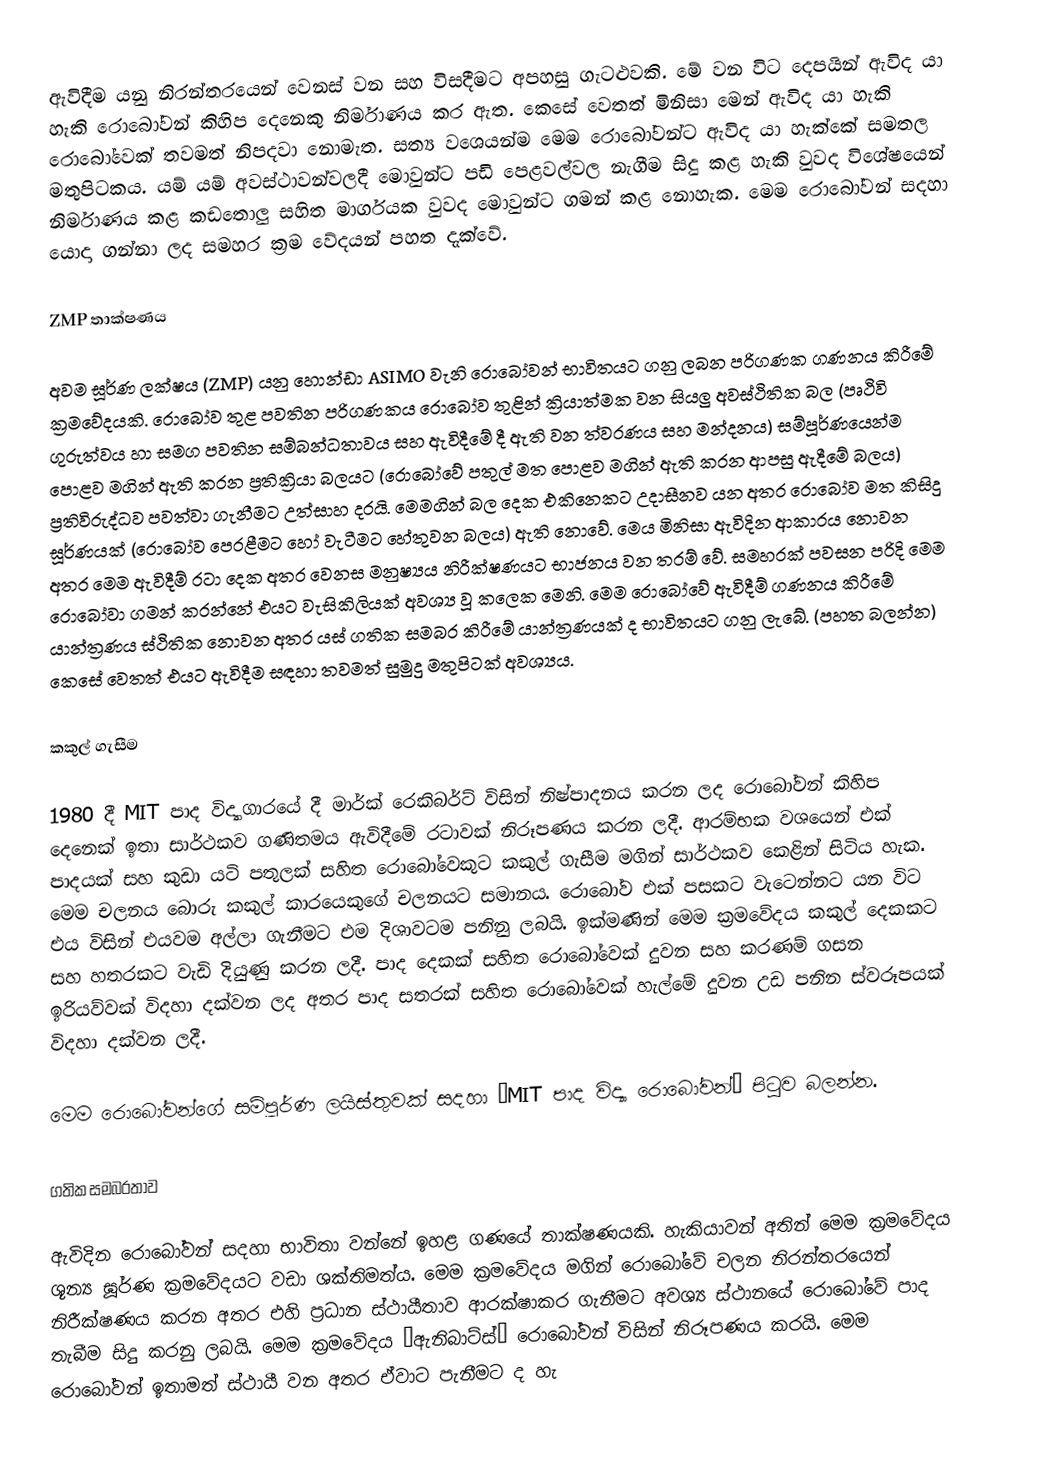
ඇවිදීම යනු නිරන්තරයෙන් වෙනස් වන සහ විසදීමට අපහසු ගැටළුවකි. මේ වන විට දෙපයින් ඇවිද යා හැකි රොබෝවන් කිහිප දෙනෙකු නිර්මාණය කර ඇත. කෙසේ වෙතත් මිනිසා මෙන් ඇවිද යා හැකි රොබෝවෙක් තවමත් නිපදවා නොමැත. සත්‍ය වශ‍ෙයන්ම මෙම රොබෝවන්ට ඇවිද යා හැක්කේ සමතල මතුපිටකය. යම් යම් අවස්ථාවන්වලදී මොවුන්ට පඩි පෙළවල්වල නැගීම සිදු කළ හැකි වුවද විශේෂයෙන් නිර්මාණය කළ කඩතොලු සහිත මාර්ගයක වුවද මොවුන්ට ගමන් කළ නොහැක. මෙම රොබෝවන් සදහා යොදා ගන්නා ලද සමහර ක්‍රම වේදයන් පහත දැක්වේ.

ZMP තාක්ෂණය

අවම ඝූර්ණ ලක්ෂය (ZMP) යනු හොන්ඩා ASIMO වැනි රොබෝවන් භාවිතයට ගනු ලබන පරිගණක ගණනය කිරීමේ ක්‍රමවේදයකි. රොබෝව තුළ පවතින පරිගණකය රොබෝව තුළින් ක්‍රියාත්මක වන සියලු අවස්ථිතික බල (පෘථිවි ගුරුත්වය හා සමග පවතින සම්බන්ධතාවය සහ ඇවිදීමේ දී ඇති වන ත්වරණය සහ මන්දනය) සම්පූර්ණයෙන්ම පොළව මගින් ඇති කරන ප්‍රතික්‍රියා බලයට (රොබෝවේ පතුල් මත පොළව මගින් ඇති කරන ආපසු ඇදීමේ බලය) ප්‍රතිවිරුද්ධව පවත්වා ගැනීමට උත්සාහ දරයි. මෙමගින් බල දෙක එකිනෙකට උදාසීනව යන අතර රොබෝව මත කිසිදු ඝූර්ණයක් (රොබෝව පෙරළීමට හෝ වැටීමට හේතුවන බලය) ඇති නොවේ. මෙය මිනිසා ඇවිදින ආකාරය නොවන අතර මෙම ඇවිදීම් රටා දෙක අතර වෙනස මනුෂ්‍යය නිරීක්ෂණයට භාජනය වන තරම් වේ. සමහරක් පවසන පරිදි මෙම රොබෝවා ගමන් කරන්නේ එයට වැසිකිලියක් අවශ්‍ය වූ කලෙක මෙනි. මෙම රොබෝවේ ඇවිදීම් ගණනය කිරීමේ යාන්ත්‍රණය ස්ථිතික නොවන අතර යස් ගතික සමබර කිරීමේ යාන්ත්‍රණයක්  ද භාවිතයට ගනු ලැබේ. (පහත බලන්න) කෙසේ වෙතත් එයට ඇවිදීම සඳහා තවමත් සුමුදු මතුපිටක් අවශ්‍යය.

කකුල් ගැසීම

1980 දී MIT පාද විද්‍යාගාරයේ දී මාර්ක් රෙකිබර්ට් විසින් නිෂ්පාදනය කරන ලද රොබෝවන් කිහිප දෙනෙක් ඉතා සාර්ථකව ගණිතමය ඇවිදීමේ රටාවක් නිරූපණය කරන ලදී. ආරම්භක වශයෙන් එක් පාදයක් සහ කුඩා යටි පතුලක් සහිත රොබෝවෙකුට කකුල් ගැසීම මගින් සාර්ථකව කෙළින් සිටිය හැක. මෙම චලනය බොරු කකුල් කාරයෙකුගේ චලනයට සමානය. රොබෝව එක් පසකට වැටෙන්නට යන විට එය විසින් එයවම අල්ලා ගැනීමට එම දිශාවටම පනිනු ලබයි. ඉක්මණින් මෙම ක්‍රමවේදය කකුල් දෙකකට සහ හතරකට වැඩි දියුණු කරන ලදී.  පාද දෙකක් සහිත රොබෝවෙක් දුවන සහ කරණම් ගසන ඉරියව්වක් විදහා දක්වන ලද අතර පාද සතරක් සහිත රොබෝවෙක් හැල්මේ දුවන උඩ පනින ස්වරූපයක් විදහා දක්වන ලදී.

මෙම රොබෝවන්ගේ සම්පූර්ණ ලයිස්තුවක් සදහා  “MIT  පාද විද්‍යා රොබෝවන්” පිටුව බලන්න.

ගතික සමබරතාව

ඇවිදින රොබෝවන් සදහා භාවිතා වන්නේ ඉහළ ‍ගණයේ තාක්ෂණයකි. හැකියාවන් අතින් මෙම ක්‍රමවේදය ශූන්‍ය ඝූර්ණ ක්‍රමවේදයට වඩා ශක්තිමත්ය. මෙම ක්‍රමවේදය මගින් රොබෝවේ චලන නිරන්තරයෙන් නිරීක්ෂණය කරන අතර එහි ප්‍රධාන ස්ථායීතාව ආරක්ෂාකර ගැනීමට අවශ්‍ය ස්ථානයේ රොබෝවේ පාද තැබීම සිදු කරනු ලබයි. මෙම ක්‍රමවේදය “ඇනිබාට්ස්” රොබෝවන් විසින් නිරූපණය කරයි. මෙම රොබෝවන් ඉතාමත් ස්ථායී වන අතර ඒවාට පැනීමට ද හැ